Vaccine operations Central Provinces 1886-1899 - 1886-1899
Year: 1886
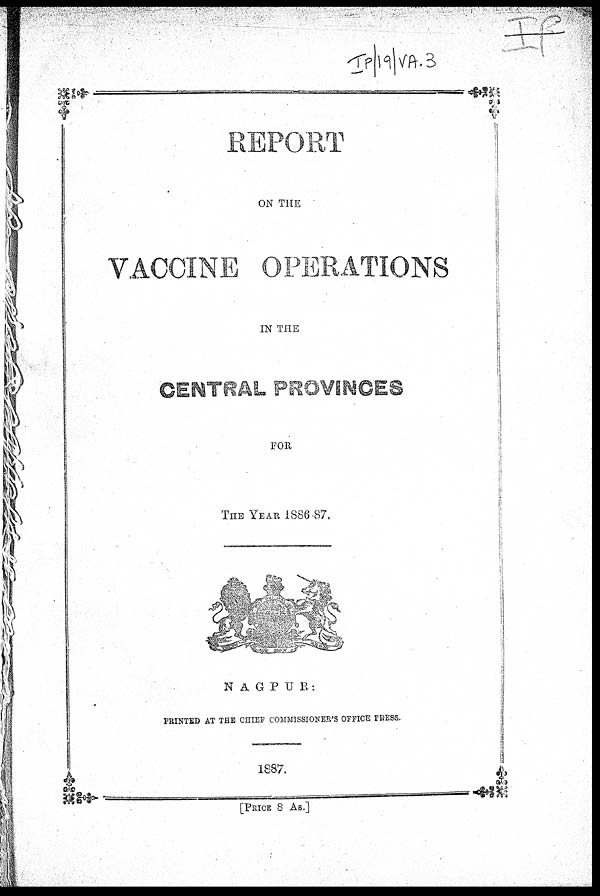
REPORT
ON THE
VACCINE OPERATIONS
IN THE
CENTRAL PROVINCES
FOR
THE YEAR 1886-87.
NAGPUR:
PRINTED AT THE CHIEF COMMISSIONER'S OFFICE PRESS.
1887.
[PRICE 8 AS.]